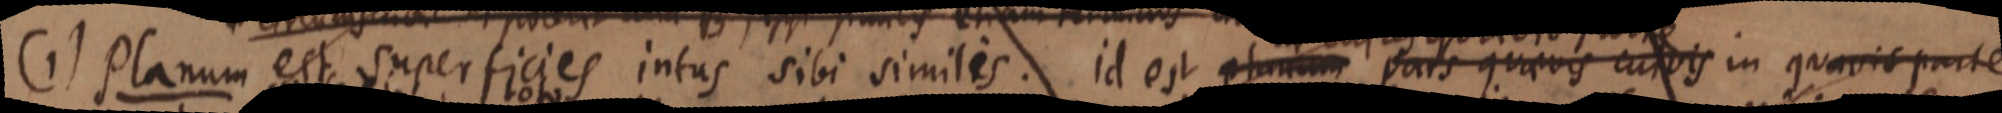
(1) Planum est superficies intus sibi similes. id est planum pars quaevis curvis in quavis parte